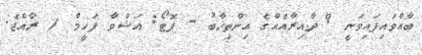
ބާއްވައިފައިވަނީ 9 ދާއިރާއެއްގެ އިންތިޚާބު - ފޮޓޯ: އަޝްވާ ފަހީމް / ރާއްޖެ.